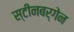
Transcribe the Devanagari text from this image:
स्टीनबर्गेन